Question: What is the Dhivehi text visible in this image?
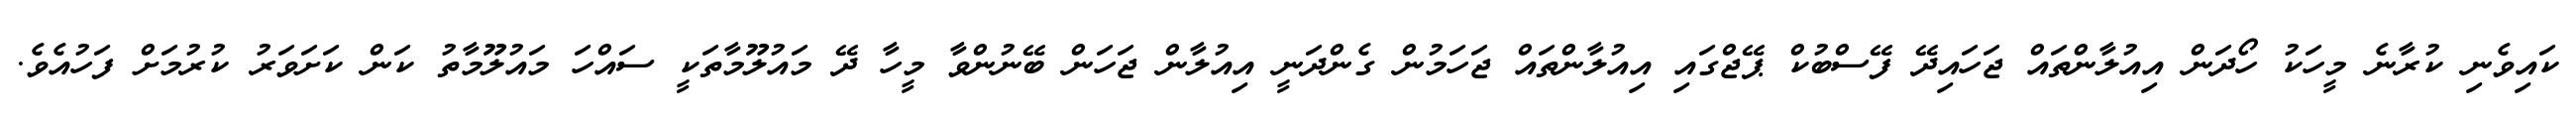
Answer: ކައިވެނި ކުރާނެ މީހަކު ހޯދަން އިއުލާންތައް ޖަހައިދޭ ފޭސްބުކް ޕޭޖްގައި އިއުލާންތައް ޖަހަމުން ގެންދަނީ އިއުލާން ޖަހަން ބޭނުންވާ މީހާ ދޭ މައުލޫމާތަކީ ސައްހަ މައުލޫމާތު ކަން ކަށަވަރު ކުރުމަށް ފަހުއެވެ.